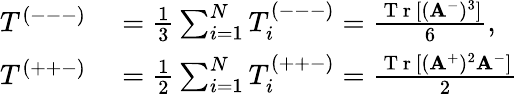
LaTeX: \begin{array}{rl}{T^{(---)}}&{{}=\frac{1}{3}\sum_{i=1}^{N}T_{i}^{(---)}=\frac{\mathrm{~T~r~}[(\mathbf{A}^{-})^{3}]}{6},}\\ {T^{(++-)}}&{{}=\frac{1}{2}\sum_{i=1}^{N}T_{i}^{(++-)}=\frac{\mathrm{~T~r~}[(\mathbf{A}^{+})^{2}\mathbf{A}^{-}]}{2}}\end{array}